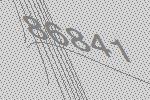
86841